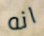
انه